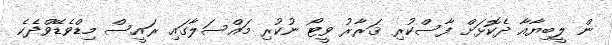
ން ލީބިޔާއާ ދެކޮޅަށް ފާސްކުރި ޤަރާރު ވީޓޯ ނުކުރި މައްސަލާގައި ރައީސް މިޑްވެޑޭވްދެކެ